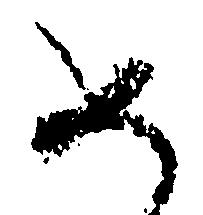
如